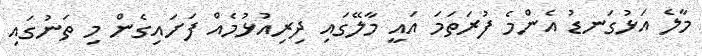
މާލެ އަޅުގަނޑު އެންމެ ފުރަތަމަ އައީ މާލޭގައި ދިރިއުޅުމެއް ފަށައިގެން މި ތަނުގައި